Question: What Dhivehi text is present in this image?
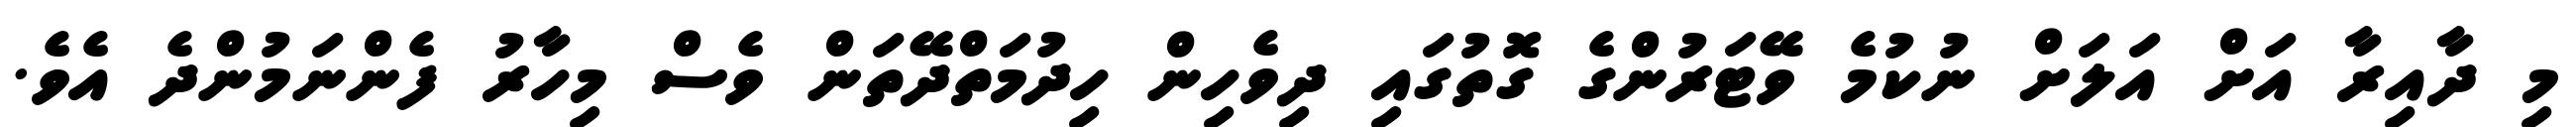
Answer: މި ދާއިރާ އަށް އަލަށް ނުކުމެ ވޭޓަރުންގެ ގޮތުގައި ދިވެހިން ހިދުމަތްދޭތަން ވެސް މިހާރު ފެންނަމުންދެ އެވެ.